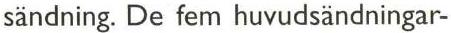
sändning. De fem huvudsändningar-